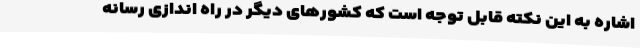
اشاره به این نکته قابل توجه است که کشورهای دیگر در راه اندازی رسانه